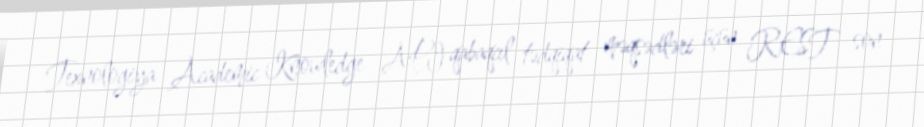
Texnologiya Academic Knowledge API qabaqcıl tədqiqat məqsədləri üçün REST son